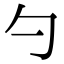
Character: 勺